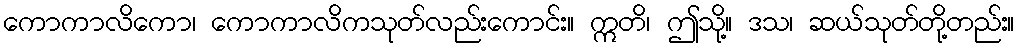
ကောကာလိကော၊ ကောကာလိကသုတ်လည်းကောင်း။ ဣတိ၊ ဤသို့။ ဒသ၊ ဆယ်သုတ်တို့တည်း။